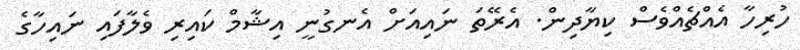
ހުރިހާ އެއްޗެއްވެސް ކިޔާދިން. އެރޭތަ ނައިއަށް އެނގުނީ އިޝާމް ކައިރި ވެލާފައި ނައިހާގެ